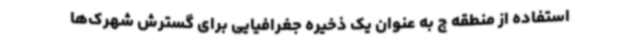
استفاده از منطقه ج به عنوان یک ذخیره جغرافیایی برای گسترش شهرک‌ها